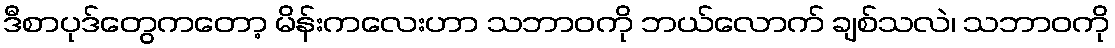
ဒီစာပုဒ်တွေကတော့ မိန်းကလေးဟာ သဘာဝကို ဘယ်လောက် ချစ်သလဲ၊ သဘာဝကို